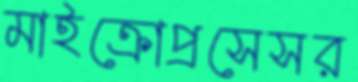
মাইক্রোপ্রসেসর